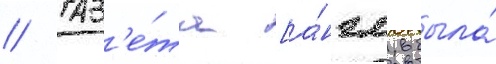
// Газ'е́та [а́нгл. была́